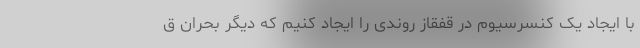
با ایجاد یک کنسرسیوم در قفقاز روندی را ایجاد کنیم که دیگر بحران ق